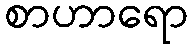
စာဟာရော